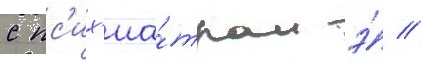
с пс'их'иа́тром э́ //